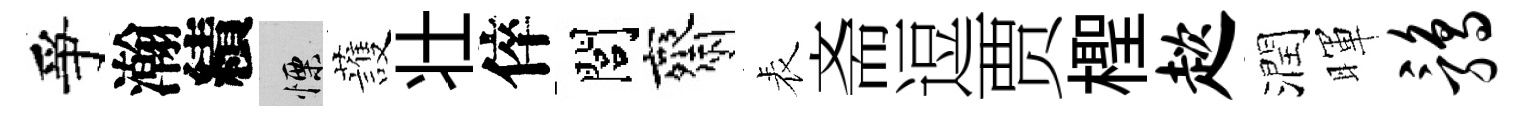
爭瀚績慄䕶壮倅閭齋表斋逗贾檉趑潤暉鹑